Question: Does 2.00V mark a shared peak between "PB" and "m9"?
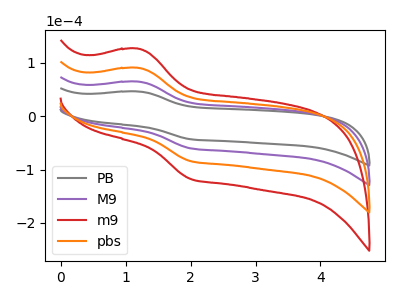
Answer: <think>The gray curve "PB" has an anodic peak at (1.20V, 46.45uA) and a cathodic peak at (2.00V, -43.05uA). The purple curve "M9" has an anodic peak at (1.20V, 64.85uA) and a cathodic peak at (2.00V, -60.15uA). The red curve "m9" has an anodic peak at (1.20V, 194.60uA) and a cathodic peak at (2.00V, -180.50uA). The orange curve "pbs" has an anodic peak at (1.20V, 129.75uA) and a cathodic peak at (2.00V, -120.35uA).</think>
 <answer>Yes, "PB" and "m9" share a peak at 2.00V.</answer>
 <eval>match</eval>